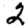
Digit: 2